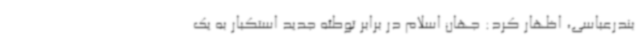
بندرعباسی، اظهار کرد: جهان اسلام در برابر توطئه جدید استکبار به یک